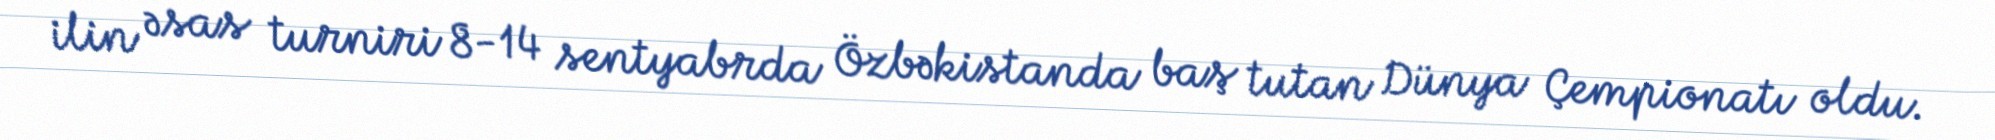
ilin əsas turniri 8-14 sentyabrda Özbəkistanda baş tutan Dünya Çempionatı oldu.